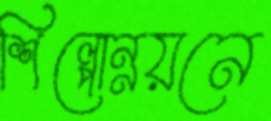
শিল্পোন্নয়নে